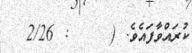
ކުރައްވާފައެވެ. (     : 2/26